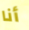
أنا